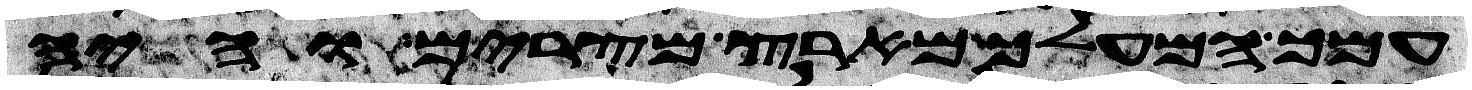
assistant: עמך המעלך מארץ מצרים והיה